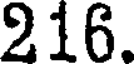
216.